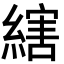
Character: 縖